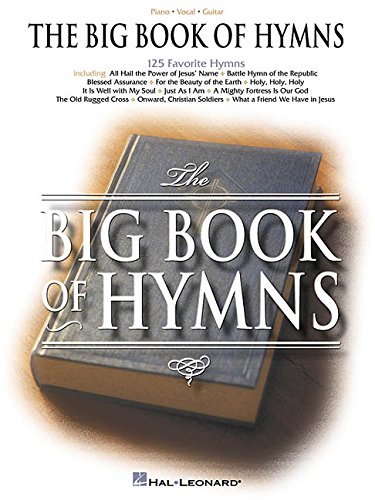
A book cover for The Big Book of Hymns (Piano/Vocal/Guitar Songbook); Christian Books & Bibles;